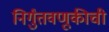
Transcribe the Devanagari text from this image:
निर्गुंतवणूकीची